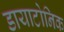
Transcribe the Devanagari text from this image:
डायाटोनिक